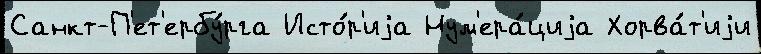
Санкт-П'ет'ербу́рга Исто́р'иjа Нум'ера́циjа Хорва́т'иjи